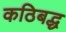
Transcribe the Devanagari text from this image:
कठिबद्ध